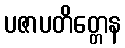
ပဇာပတိတ္တေန